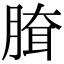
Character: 䐛